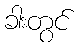
ခါးတွင်